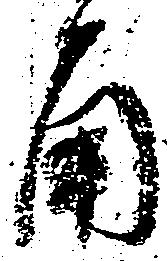
角